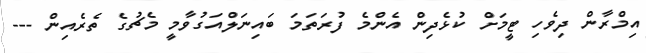
އިމްރާން ދިވެހި ޓީމަށް ކުޅެދިން އެންމެ ފުރަތަމަ ބައިނަލްއަގުވާމީ މެޗުގެ ތެރެއިން ---